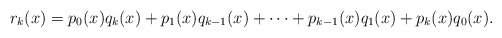
\begin{align*}r_k(x)=p_0(x)q_k(x)+p_1(x)q_{k-1}(x)+\dots+p_{k-1}(x)q_1(x)+p_k(x)q_0(x).\end{align*}